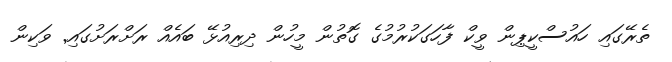
ތެެރޭގައި ހައުސްކީޕިން ވީކް ފާހަގަކުރުމުގެ ގޮތުން މީހުން ދިރިއުޅޭ ބައެއް ރަށްރަށުގައި